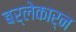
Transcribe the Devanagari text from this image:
बर्लेकार्न